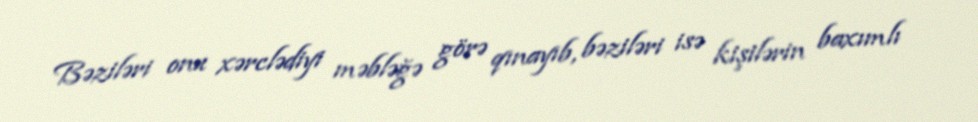
Bəziləri onu xərclədiyi məbləğə görə qınayıb, bəziləri isə kişilərin baxımlı